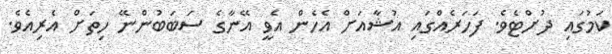
ކަމުގައި ދުށްޓެވެ. ފަހަރެއްގައި އުޝާއަށް އެހެން އެވީ އޭނާގެ ސަބަބުންނޭ ހިތަށް އެރިއެވެ.